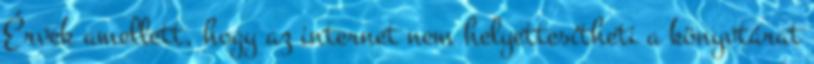
Érvek amellett, hogy az internet nem helyettesítheti a könyvtárat